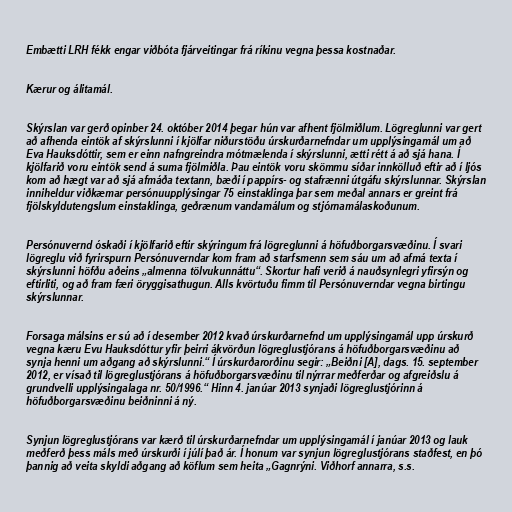
Embætti LRH fékk engar viðbóta fjárveitingar frá ríkinu vegna þessa kostnaðar.

Kærur og álitamál.

Skýrslan var gerð opinber 24. október 2014 þegar hún var afhent fjölmiðlum. Lög­regl­unni var gert
að afhenda ein­tök af skýrsl­unni í kjöl­far nið­ur­stöðu úrskurð­ar­nefndar um upp­lýs­inga­mál um að
Eva Hauks­dótt­ir, sem er einn nafn­greindra mót­mæl­enda í skýrsl­unni, ætti rétt á að sjá hana. Í
kjöl­farið voru ein­tök send á suma fjöl­miðla. Þau ein­tök voru skömmu síðar inn­kölluð eftir að í ljós
kom að hægt var að sjá afmáða text­ann, bæði í pappírs- og stafrænni útgáfu skýrslunnar. Skýrslan
inniheldur viðkæmar persónuupplýsingar 75 einstaklinga þar sem meðal annars er greint frá
fjölskyldutengslum einstaklinga, geðrænum vandamálum og stjórnamálaskoðunum.

Persónuvernd óskaði í kjölfarið eftir skýringum frá lögreglunni á höfuðborgarsvæðinu. Í svari
lögreglu við fyrirspurn Persónuverndar kom fram að starfsmenn sem sáu um að afmá texta í
skýrslunni höfðu aðeins „almenna tölvukunnáttu“. Skortur hafi verið á nauðsynlegri yfirsýn og
eftirliti, og að fram færi öryggisathugun. Alls kvörtuðu fimm til Persónuverndar vegna birtingu
skýrslunnar.

For­saga máls­ins er sú að í des­em­ber 2012 kvað úr­sk­urðar­nefnd um upp­lýs­inga­mál upp úr­sk­urð
vegna kæru Evu Hauksdóttur yfir þeirri ákvörðun lög­reglu­stjór­ans á höfuðborg­ar­svæðinu að
synja henni um aðgang að skýrslunni.“ Í úr­sk­urðarorðinu seg­ir: „Beiðni [A], dags. 15. sept­em­ber
2012, er vísað til lög­reglu­stjór­ans á höfuðborg­ar­svæðinu til nýrr­ar meðferðar og af­greiðslu á
grund­velli upp­lýs­ingalaga nr. 50/​1996.“ Hinn 4. janú­ar 2013 synjaði lög­reglu­stjór­inn á
höfuðborg­ar­svæðinu beiðninni á ný.

Synj­un lög­reglu­stjór­ans var kærð til úr­sk­urðar­nefnd­ar um upp­lýs­inga­mál í janú­ar 2013 og lauk
meðferð þess máls með úr­sk­urði í júlí það ár. Í hon­um var synj­un lög­reglu­stjór­ans staðfest, en þó
þannig að veita skyldi aðgang að köfl­um sem heita „Gagn­rýni. Viðhorf annarra, s.s.